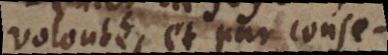
volonté, et par consequent